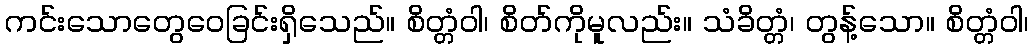
ကင်းသောတွေဝေခြင်းရှိသေည်။ စိတ္တံဝါ၊ စိတ်ကိုမူလည်း။ သံခိတ္တံ၊ တွန့်သော။ စိတ္တံဝါ၊